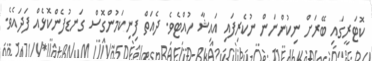
ކޮޓަރީގައި ބޭރަށް ނިކުންނަން ނުކެރިފައި އައިޝާ ހުއްޓެވެ. ދެއަތް ފިނިކަމުންގޮސް ގަނޑުފެންކޮޅެއް ފަދައެވެ.